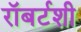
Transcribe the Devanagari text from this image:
रॉबर्टशी